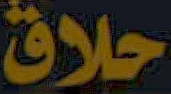
حلاق